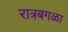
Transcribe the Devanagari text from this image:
रात्रबगळा